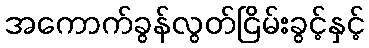
အကောက်ခွန်လွတ်ငြိမ်းခွင့်နှင့်